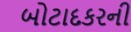
બોટાદકરની